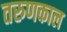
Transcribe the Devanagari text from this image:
तरुणकाल